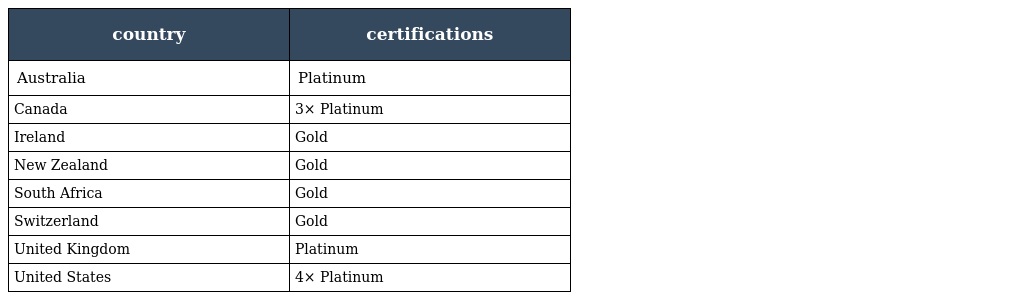
| country | certifications |
 | --- | --- |
 | Australia | Platinum |
 | Canada | 3× Platinum |
 | Ireland | Gold |
 | New Zealand | Gold |
 | South Africa | Gold |
 | Switzerland | Gold |
 | United Kingdom | Platinum |
 | United States | 4× Platinum |